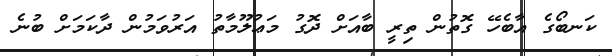
ކަނބޯގެ އާބެހޭ ގޮތުން ތިރީ ބާއަށް ދޮގު މަޢުލޫމާތު އަރުވަމުން ދާކަމަށް ބުނެ